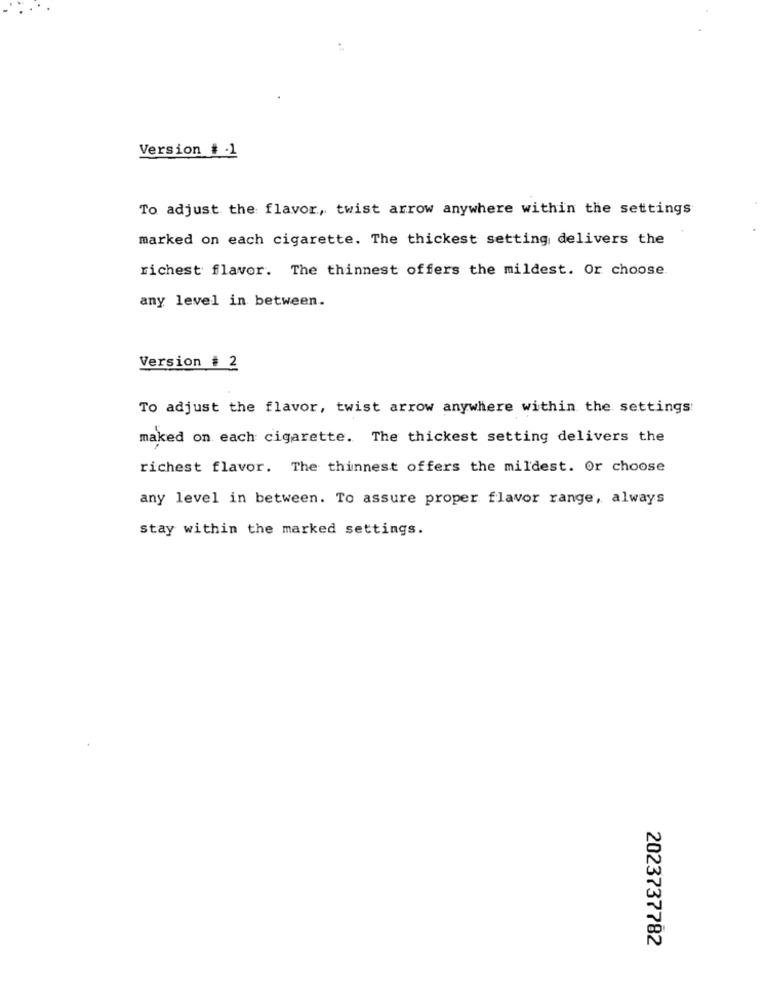
Version # 1
To adjust the flavor, twist arrow anywhere within the settings
marked on each cigarette. The thickest setting delivers the
richest flavor. The thinnest offers the mildest. Or choose.
any level in between.
Version # 2
To adjust the flavor, twist arrow anywhere within the settings:
maked on each cigarette. The thickest setting delivers the
richest flavor. The thinnest offers the mildest. Or choose
any level in between. To assure proper flavor range, always
stay within the marked settings.
2023737782